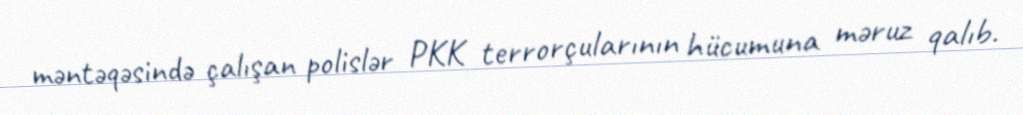
məntəqəsində çalışan polislər PKK terrorçularının hücumuna məruz qalıb.